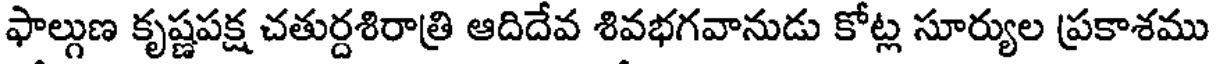
ఫాల్గుణ కృష్ణపక్ష చతుర్దశిరాత్రి ఆదిదేవ శివభగవానుడు కోట్ల సూర్యుల ప్రకాశము